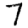
Digit: 7